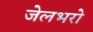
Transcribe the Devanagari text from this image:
जेलभरो